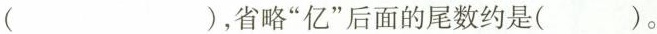
( )，省略“亿”后面的尾数约是( )。